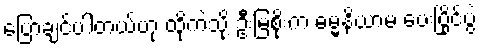
ပြောချင်ပါတယ်ဟု ထိုကဲသို့ ဦးမြစိုးက ဓမ္မနိယာမ ပေးပြိုင်ပွဲ